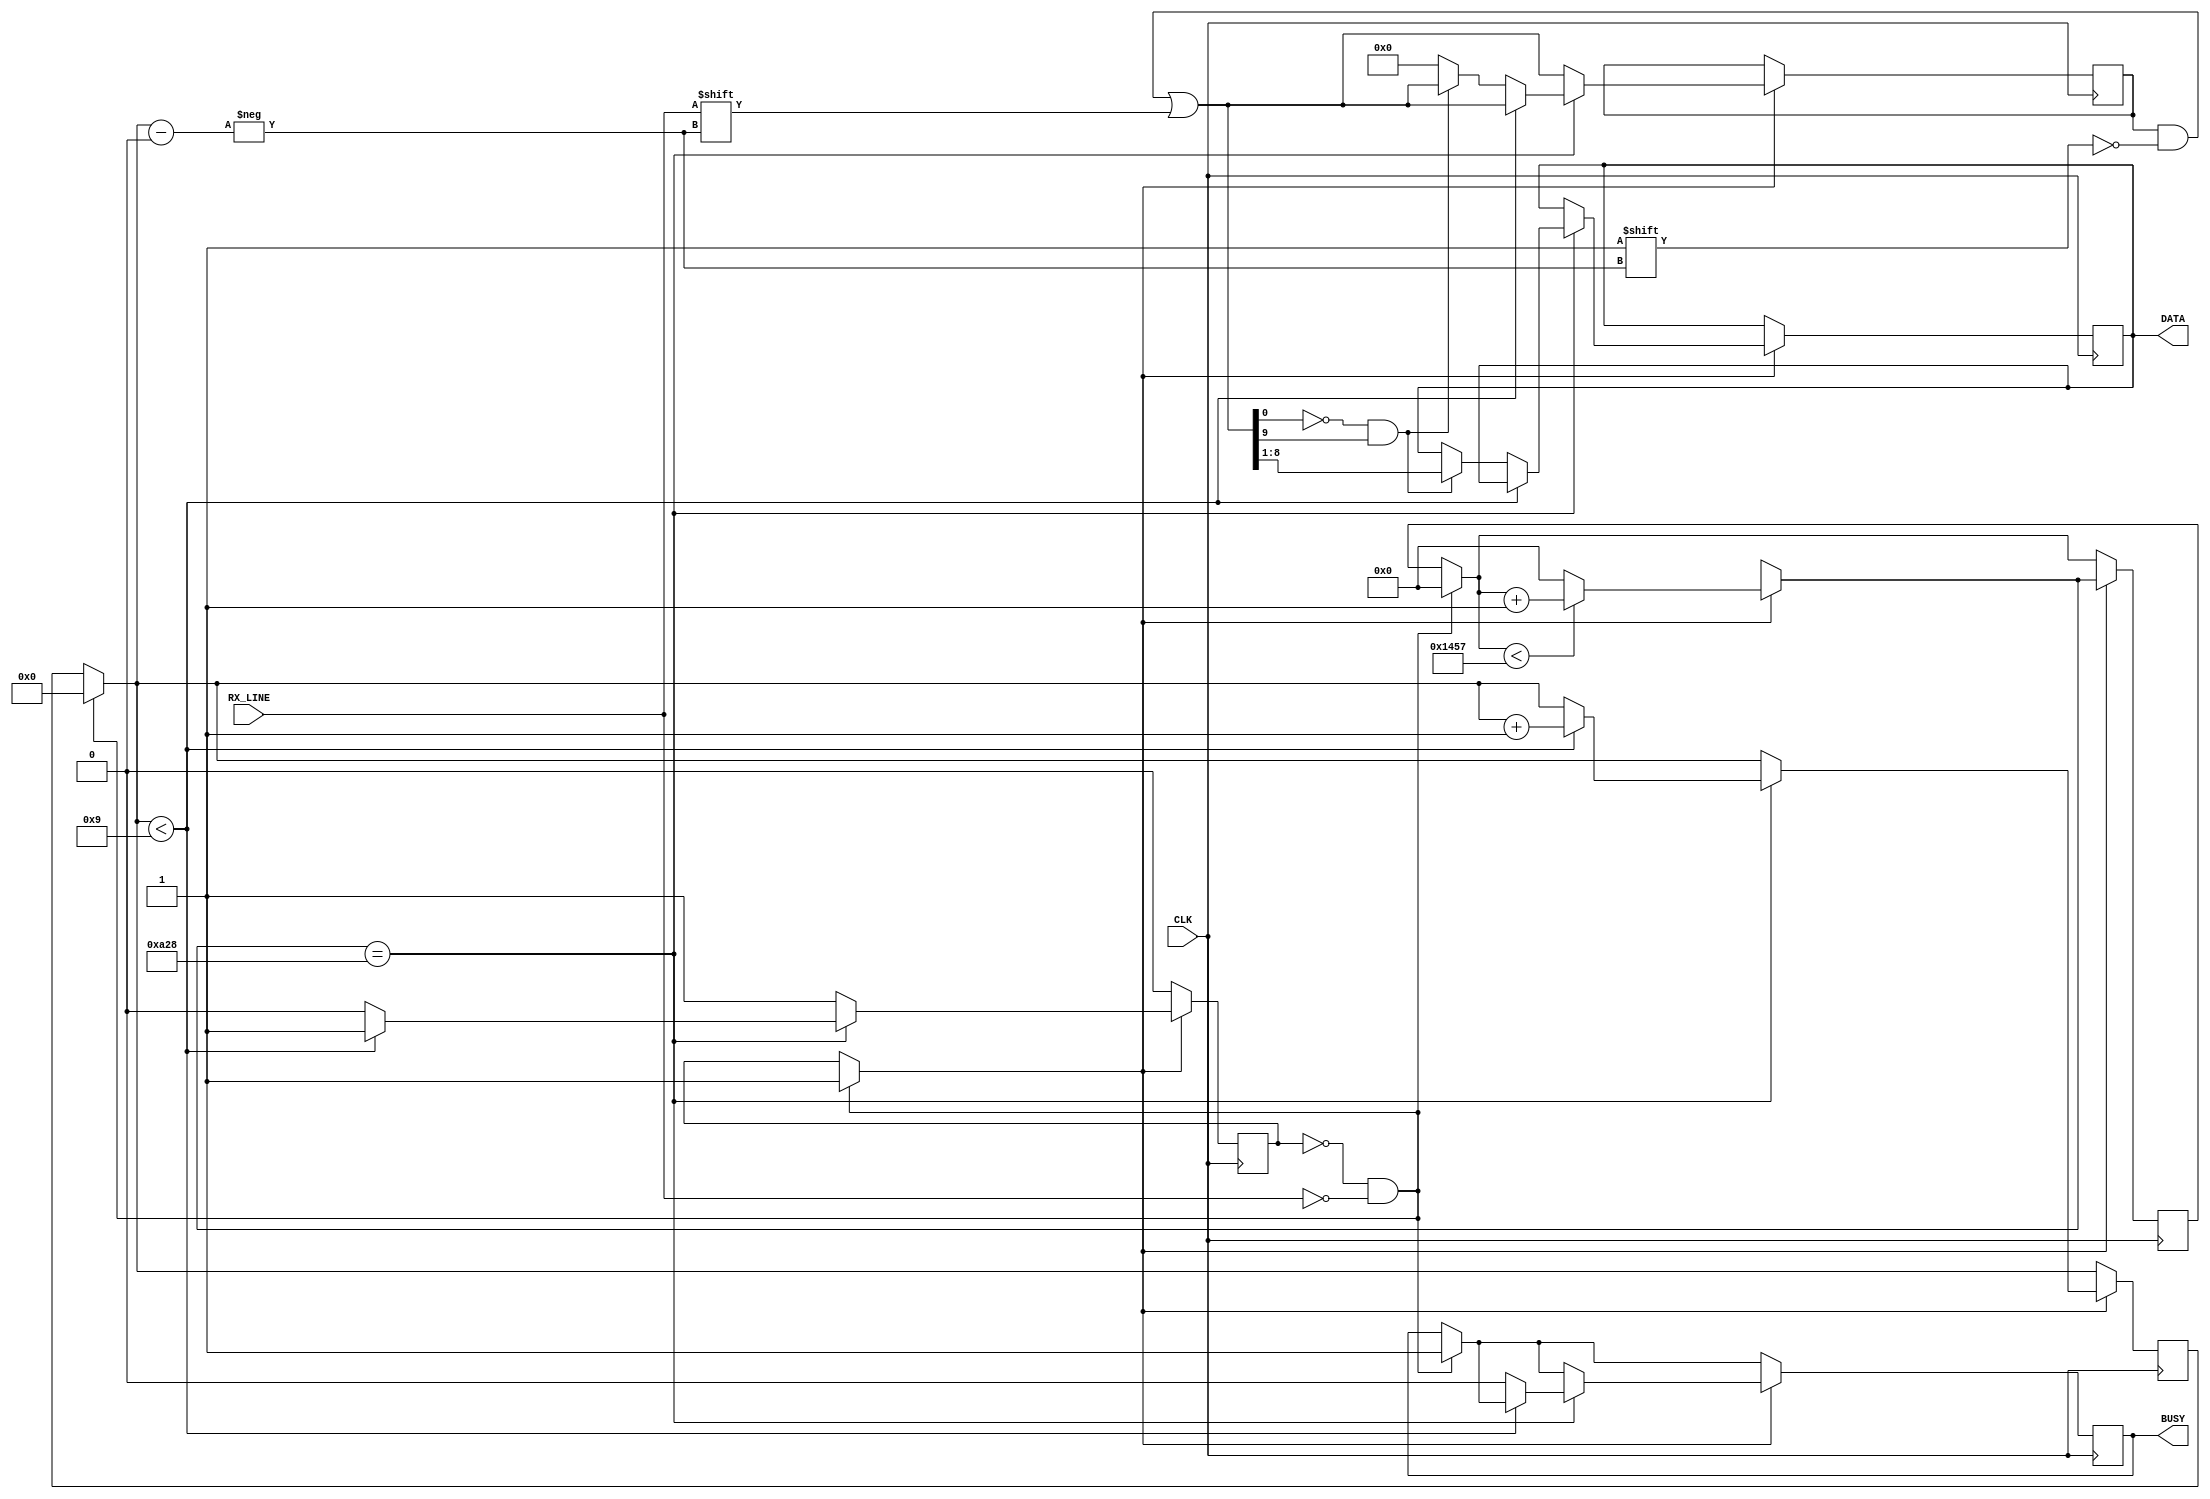
// UART receiver

module rx(CLK, RX_LINE, DATA, BUSY);
   
   input CLK, RX_LINE;
   
   output [7:0] DATA; 
   output BUSY;

   reg [9:0] datafll;
   reg rx_flag = 0;
   reg busy_out = 0;
   reg [12:0] prescalar = 0;
   reg [3:0] index = 0;
   reg [7:0] data_out;
   
   always@(posedge CLK) begin
   
      if (rx_flag == 0 && RX_LINE == 0) begin   // if we are not receiving
         index = 0;                             // and there is a start bit on RX
         prescalar = 0;
         busy_out = 1;
         rx_flag = 1;
      end
      
      if (rx_flag == 1) begin             // begin receiving
         datafll[index] = RX_LINE;        // fill one data bit
         if (prescalar < 5207)
            prescalar = prescalar + 1;
         else
            prescalar = 0;
         if (prescalar == 2600) begin     // roughly every half cycle
            if (index < 9) 
               index = index + 1;
            else begin
               if (datafll[0] == 0 && datafll[9] == 1)   // verify a correct frame
                  data_out = datafll[8:1];               // write data
               else 
                  datafll = 0;            // all zeros if the frame is bad
               rx_flag = 0;
               busy_out = 0;
            end
         end
      end
         
   end // end always

   assign BUSY = busy_out;
   assign DATA = data_out;
   

endmodule